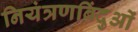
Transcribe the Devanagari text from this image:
नियंत्रणबिंदुओं